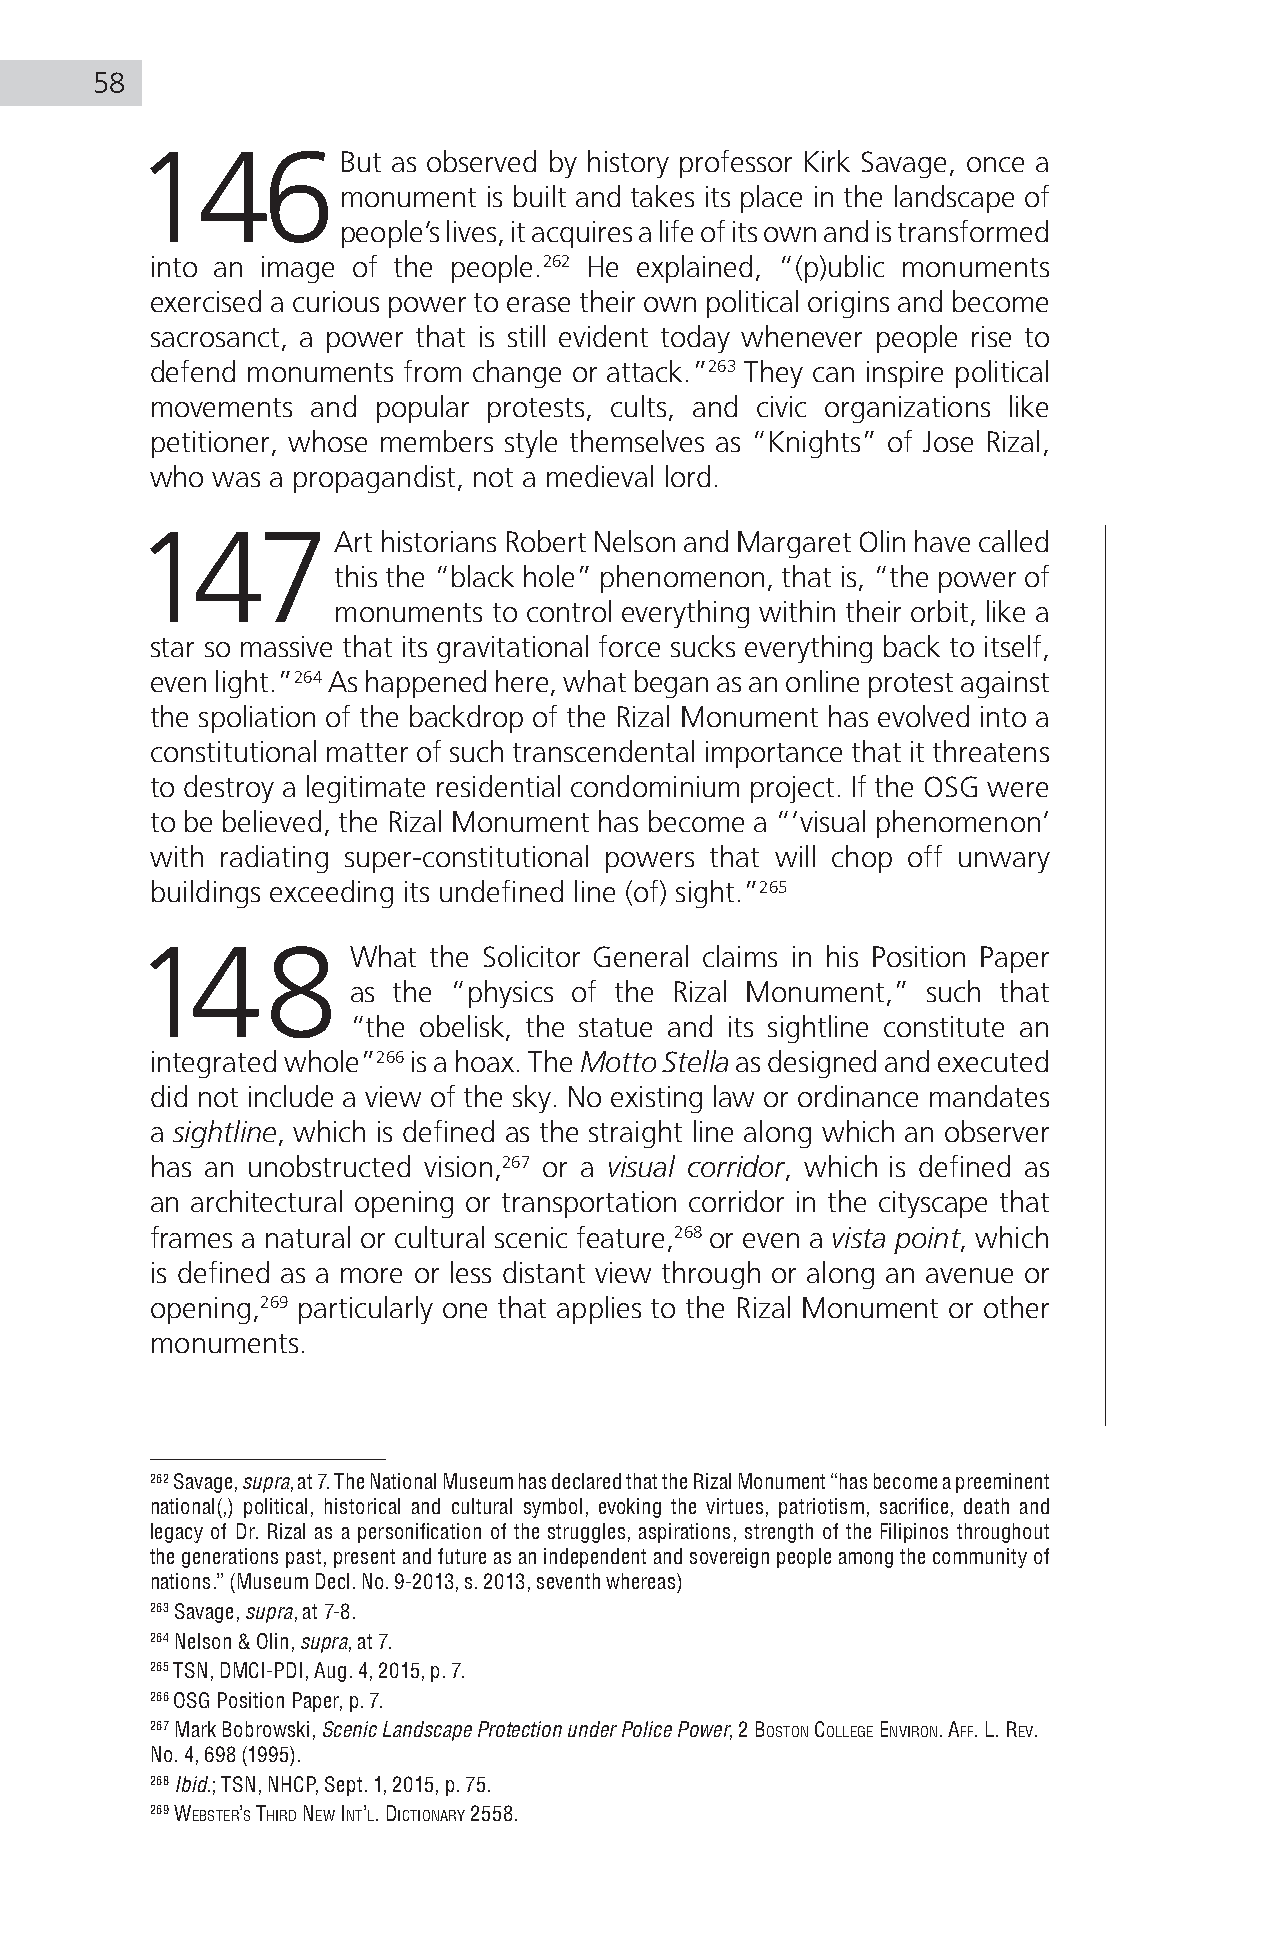
58
 146But           as observed by history professor Kirk Savage, once a
 monument  is built and takes its place in the landscape of
 people’s lives, it acquires a life of its own and is transformed
 into an image of the people.262 He explained, “(p)ublic monuments
 exercised a curious power to erase their own political origins and become
 sacrosanct, a power that is still evident today whenever people rise to
 defend monuments from change or attack.”263 They can inspire political
 movements  and popular protests, cults, and civic organizations like
 petitioner, whose members style themselves as “Knights” of Jose Rizal,
 who was a propagandist, not a medieval lord.
 147Art          historians Robert Nelson and Margaret Olin have called
 this the “black hole” phenomenon, that is, “the power of
 monuments  to control everything within their orbit, like a
 star so massive that its gravitational force sucks everything back to itself,
 even light.”264 As happened here, what began as an online protest against
 the spoliation of the backdrop of the Rizal Monument has evolved into a
 constitutional matter of such transcendental importance that it threatens
 to destroy a legitimate residential condominium project. If the OSG were
 to be believed, the Rizal Monument has become a “’visual phenomenon’
 with radiating super-constitutional powers that will chop off unwary
 buildings exceeding its undefined line (of) sight.”265
 148           What the Solicitor General claims in his Position Paper
 as the “physics of the Rizal Monument,” such that
 “the obelisk, the statue and its sightline constitute an
 integrated whole”266 is a hoax. The Motto Stella as designed and executed
 did not include a view of the sky. No existing law or ordinance mandates
 a sightline, which is defined as the straight line along which an observer
 has an unobstructed vision,267 or a visual corridor, which is defined as
 an architectural opening or transportation corridor in the cityscape that
 frames a natural or cultural scenic feature,268 or even a vista point, which
 is defined as a more or less distant view through or along an avenue or
 opening,269 particularly one that applies to the Rizal Monument or other
 monuments.
 262 Savage, supra, at 7. The National Museum has declared that the Rizal Monument “has become a preeminent
 national(,) political, historical and cultural symbol, evoking the virtues, patriotism, sacrifice, death and
 legacy of Dr. Rizal as a personification of the struggles, aspirations, strength of the Filipinos throughout
 the generations past, present and future as an independent and sovereign people among the community of
 nations.” (Museum Decl. No. 9-2013, s. 2013, seventh whereas)
 263 Savage, supra, at 7-8.
 264 Nelson & Olin, supra, at 7.
 265 TSN, DMCI-PDI, Aug. 4, 2015, p. 7.
 266 OSG Position Paper, p. 7.
 267 Mark Bobrowski, Scenic Landscape Protection under Police Power, 2 BoSTon college environ. aff. l. rev.
 No. 4, 698 (1995).
 268 Ibid.; TSN, NHCP, Sept. 1, 2015, p. 75.
 269 weBSTer’S Third new inT’l. dicTionary 2558.